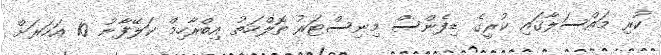
ކުރި މައްސަލާގައި ކުރީގެ ޑިފެންސް މިނިސްޓަރު ތޮލްހަތު އިބްރާހިމް ކަލޭފާނު 10 އަހަރަށް